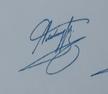
Signature authenticity: genuine